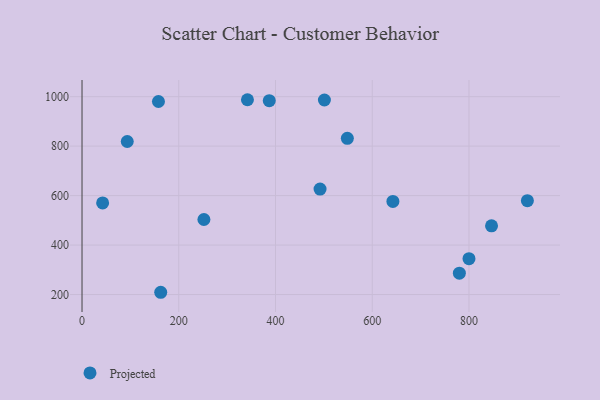
{"axis": {"x": "Study Hours", "y": "Salary"}, "legend": ["Projected"], "data": [{"x": "158.0", "y": 980.5, "type": "Projected"}, {"x": "162.7", "y": 209.1, "type": "Projected"}, {"x": "492.1", "y": 626.4, "type": "Projected"}, {"x": "920.7", "y": 579.6, "type": "Projected"}, {"x": "642.7", "y": 576.6, "type": "Projected"}, {"x": "548.5", "y": 831.8, "type": "Projected"}, {"x": "252.0", "y": 503.3, "type": "Projected"}, {"x": "800.0", "y": 344.9, "type": "Projected"}, {"x": "342.0", "y": 987.7, "type": "Projected"}, {"x": "780.1", "y": 286.2, "type": "Projected"}, {"x": "501.1", "y": 986.6, "type": "Projected"}, {"x": "93.5", "y": 818.8, "type": "Projected"}, {"x": "42.6", "y": 570.2, "type": "Projected"}, {"x": "846.6", "y": 477.9, "type": "Projected"}, {"x": "387.1", "y": 983.7, "type": "Projected"}]}